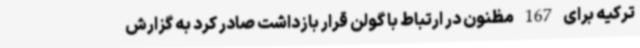
ترکیه برای 167 مظنون در ارتباط با گولن قرار بازداشت صادر کرد به گزارش